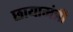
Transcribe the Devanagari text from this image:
छायामंत्री